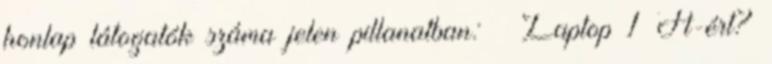
honlap látogatók száma jelen pillanatban: ▲ Laptop 1 Ft-ért?